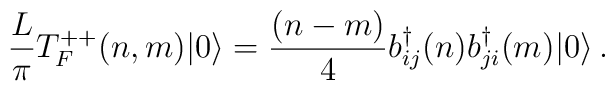
\frac{L}{\pi}T^{++}_F(n,m) | 0 \rangle = {(n-m) \over 4}b^\dagger_{ij}(n) b^\dagger_{ji}(m)| 0 \rangle\,.